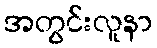
အတွင်းလူနာ